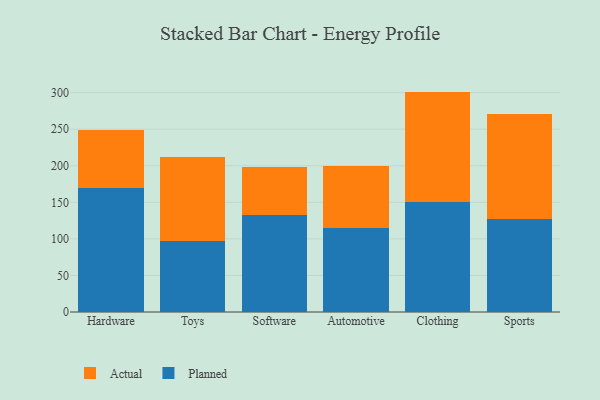
{"axis": {"x": "Category", "y": "Production Output"}, "legend": ["Actual", "Planned"], "data": [{"x": "Hardware", "y": 169.1, "type": "Planned"}, {"x": "Hardware", "y": 79.5, "type": "Actual"}, {"x": "Toys", "y": 96.7, "type": "Planned"}, {"x": "Toys", "y": 115.9, "type": "Actual"}, {"x": "Software", "y": 132.1, "type": "Planned"}, {"x": "Software", "y": 66.6, "type": "Actual"}, {"x": "Automotive", "y": 115.4, "type": "Planned"}, {"x": "Automotive", "y": 84.3, "type": "Actual"}, {"x": "Clothing", "y": 149.8, "type": "Planned"}, {"x": "Clothing", "y": 151.6, "type": "Actual"}, {"x": "Sports", "y": 126.9, "type": "Planned"}, {"x": "Sports", "y": 143.6, "type": "Actual"}]}